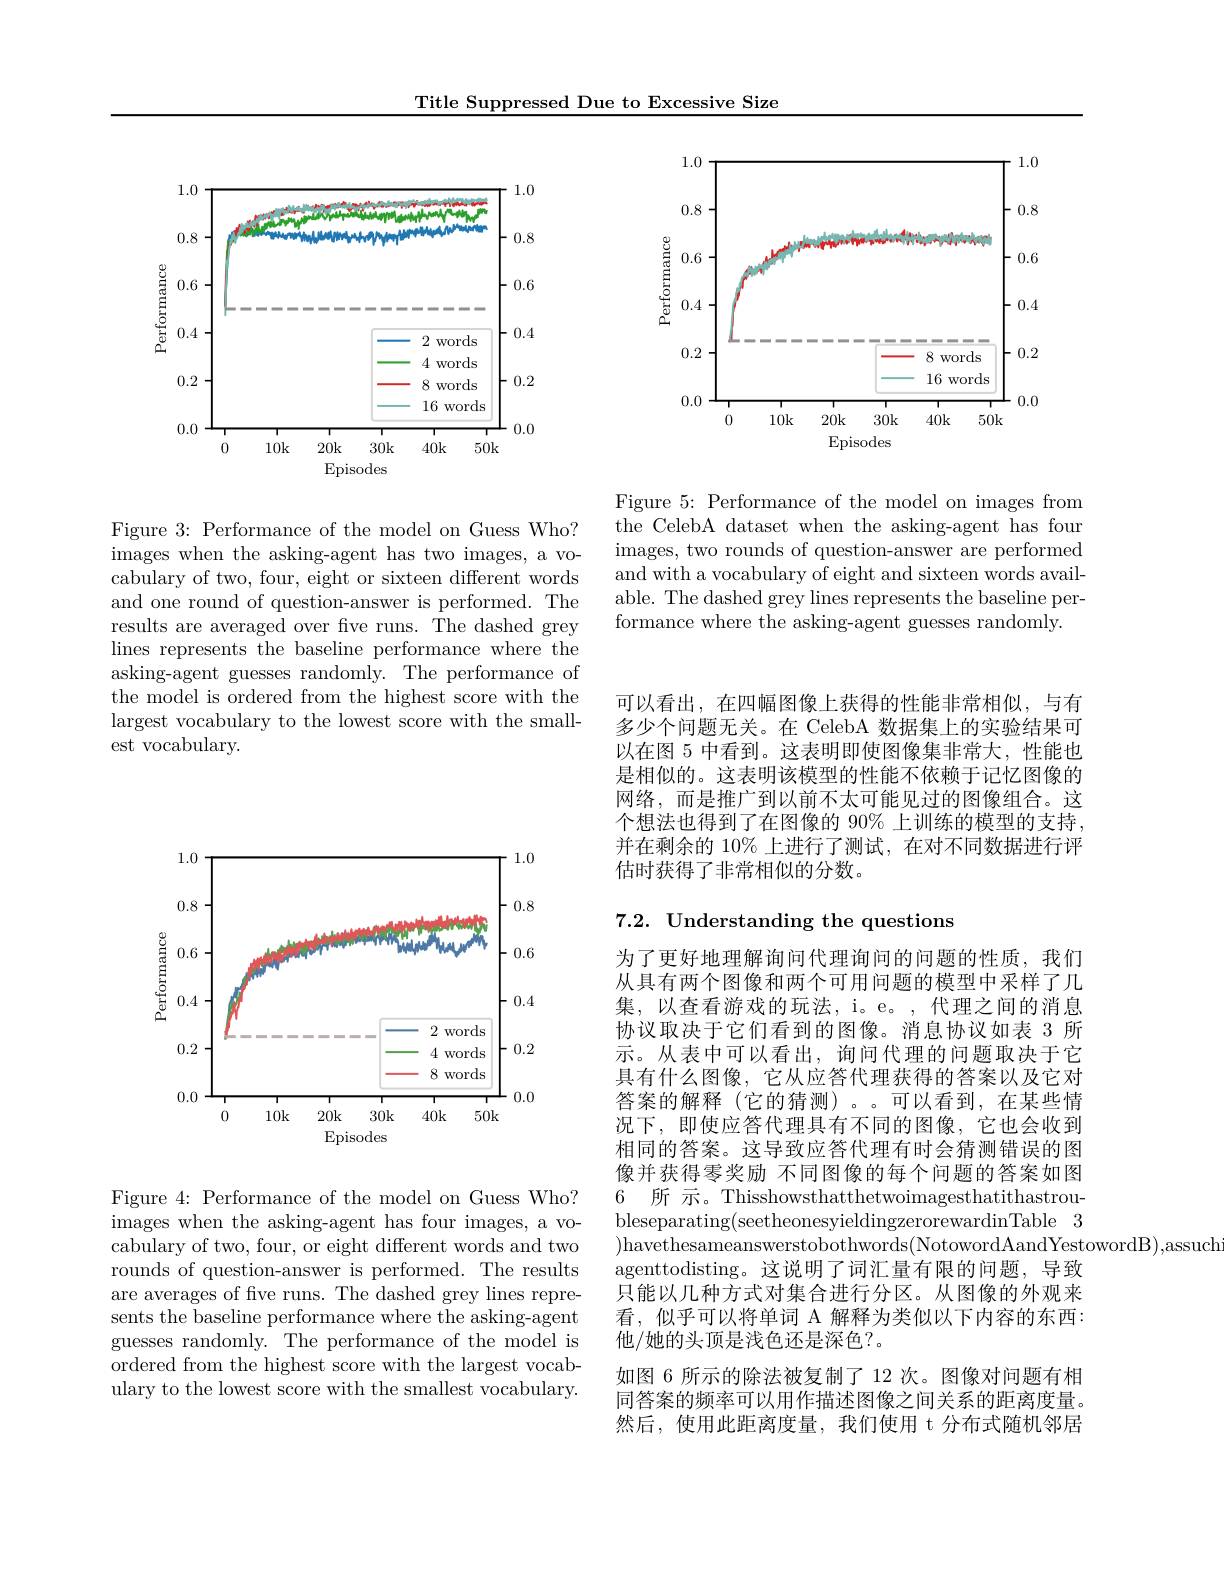
Title Suppressed Due to Excessive Size

<FigureHere>

Figure 3: Performance of the model on Guess Who? images when the asking-agent has two images, a vocabulary of two, four, eight or sixteen different words and one round of question-answer is performed. The results are averaged over fve runs. The dashed grey lines represents the baseline performance where the asking-agent guesses randomly. The performance of the model is ordered from the highest score with the largest vocabulary to the lowest score with the smallest vocabulary.

<FigureHere>

Figure 5: Performance of the model on images from the CelebA dataset when the asking-agent has four images, two rounds of question-answer are performed and with a vocabulary of eight and sixteen words available. The dashed grey lines represents the baseline performance where the asking-agent guesses randomly.

<FigureHere>

Figure 4: Performance of the model on Guess Who? images when the asking-agent has four images, a vocabulary of two, four, or eight different words and two rounds of question-answer is performed. The results are averages of five runs. The dashed grey lines represents the baseline performance where the asking-agent guesses randomly. The performance of the model is ordered from the highest score with the largest vocabulary to the lowest score with the smallest vocabulary.

可以看出，在四幅图像上获得的性能非常相似，与有多少个问题无关。在 CelebA 数据集上的实验结果可以在图 5 中看到。这表明即使图像集非常大，性能也是相似的。这表明该模型的性能不依赖于记忆图像的网络，而是推广到以前不太可能见过的图像组合。这个想法也得到了在图像的 90% 上训练的模型的支持， 并在剩余的 10% 上进行了测试，在对不同数据进行评估时获得了非常相似的分数。

## 7.2. Understanding the questions

为了更好地理解询问代理询问的问题的性质，我们从具有两个图像和两个可用问题的模型中采样了几集，以查看游戏的玩法，i。e。,代理之间的消息协议取决于它们看到的图像。消息协议如表 3 所示。从表中可以看出，询问代理的问题取决于它具有什么图像，它从应答代理获得的答案以及它对答案的解释(它的猜测)。。可以看到，在某些情况下，即使应答代理具有不同的图像，它也会收到相同的答案。这导致应答代理有时会猜测错误的图像并获得零奖励 不同图像的每个问题的答案如图6 所 示。Thisshowsthatthetwoimagesthatithastroubleseparating(seetheonesyieldingzerorewardinTable 3 )havethesameanswerstobothwords(NotowordAandYestowordB),assuch
agenttodisting。这说明了词汇量有限的问题，导致只能以几种方式对集合进行分区。从图像的外观来看，似乎可以将单词 A 解释为类似以下内容的东西： 他/她的头顶是浅色还是深色？。
如图 6 所示的除法被复制了 12 次。图像对问题有相同答案的频率可以用作描述图像之间关系的距离度量。然后，使用此距离度量，我们使用 t 分布式随机邻居